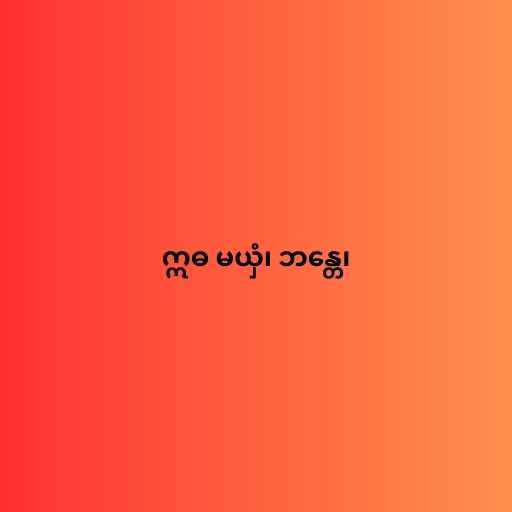
ဣဓ မယှံ၊ ဘန္တေ၊